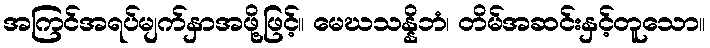
အကြင်အရပ်မျက်နှာအဖို့ဖြင့်။ မေဃသန္နိဘံ၊ တိမ်အဆင်းနှင့်တူသော။